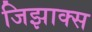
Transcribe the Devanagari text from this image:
जिझाक्स